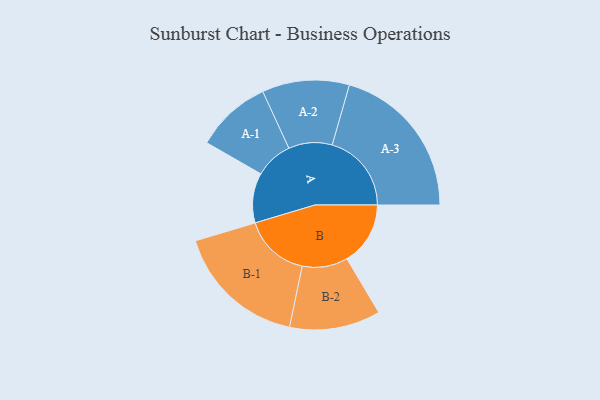
{"axis": {"x": "Segment", "y": "Value"}, "legend": ["", "A", "B"], "data": [{"x": "A", "y": 183, "type": ""}, {"x": "B", "y": 233, "type": ""}, {"x": "A-1", "y": 139, "type": "A"}, {"x": "A-2", "y": 160, "type": "A"}, {"x": "A-3", "y": 291, "type": "A"}, {"x": "B-1", "y": 242, "type": "B"}, {"x": "B-2", "y": 167, "type": "B"}]}